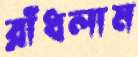
রাঁধলাম